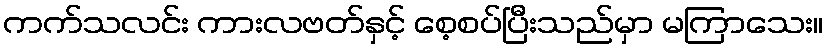
ကက်သလင်း ကားလဗတ်နှင့် စေ့စပ်ပြီးသည်မှာ မကြာသေး။